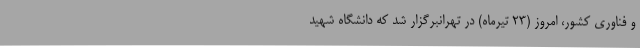
و فناوری کشور، امروز (23 تیرماه) در تهرانبرگزار شد که دانشگاه شهید